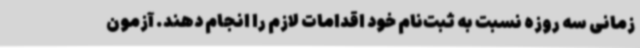
زمانی سه روزه نسبت به ثبت‌نام خود اقدامات لازم را انجام دهند. آزمون